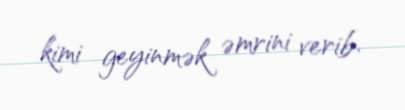
kimi geyinmək əmrini verib.